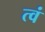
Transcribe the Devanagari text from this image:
त्वं